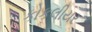
કોકલીયર